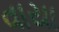
વાયા